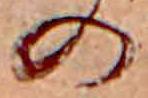
の